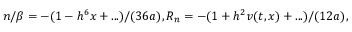
n / \beta = - ( 1 - h ^ { 6 } x + . . . ) / ( 3 6 a ) , R _ { n } = - ( 1 + h ^ { 2 } v ( t , x ) + . . . ) / ( 1 2 a ) ,